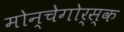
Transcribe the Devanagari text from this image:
मोन्चेगोर्स्क